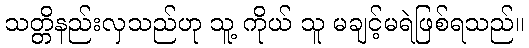
သတ္တိနည်းလှသည်ဟု သူ့ ကိုယ် သူ မချင့်မရဲဖြစ်ရသည်။